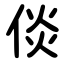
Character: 倓